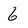
Character: 6